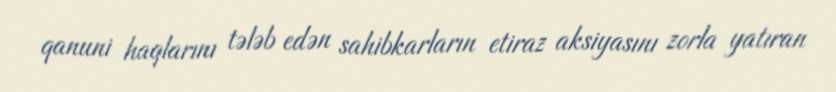
qanuni haqlarını tələb edən sahibkarların etiraz aksiyasını zorla yatıran